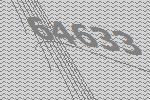
64633